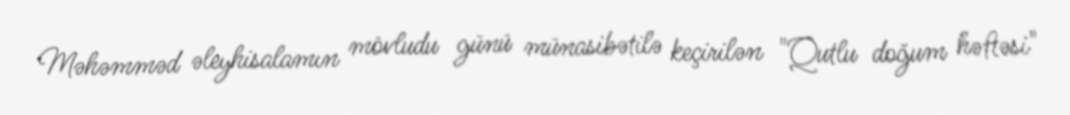
Məhəmməd əleyhisalamın mövludu günü münasibətilə keçirilən "Qutlu doğum həftəsi"